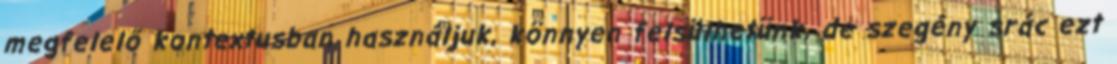
megfelelő kontextusban használjuk, könnyen felsülhetünk, de szegény srác ezt